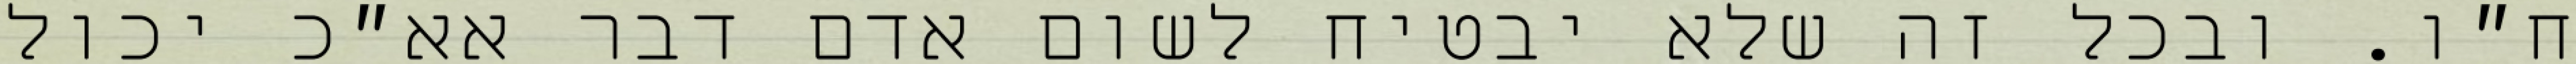
ח״ו. ובכל זה שלא יבטיח לשום אדם דבר אא״כ יכול